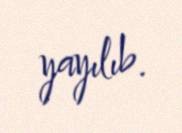
yayılıb.